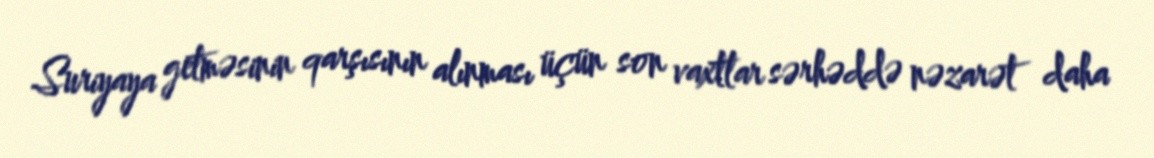
Suriyaya getməsinin qarşısının alınması üçün son vaxtlar sərhəddə nəzarət daha